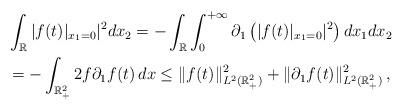
LaTeX: \begin{align*}&\int_{\mathbb R}\vert f(t)\vert_{x_1=0}\vert^2dx_2=-\int_{\mathbb R}\int_0^{+\infty}\partial_1\left(\vert f(t)\vert_{x_1=0}\vert^2\right)dx_1dx_2\\&=-\int_{\mathbb R^2_+}2 f\partial_1 f(t)\,dx\le\Vert f(t)\Vert^2_{L^2(\mathbb R^2_+)}+\Vert\partial_1 f(t)\Vert^2_{L^2(\mathbb R^2_+)}\,,\end{align*}